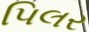
પિલર